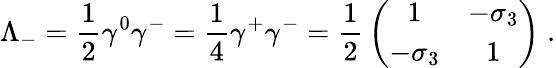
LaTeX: \Lambda_{-}={\frac{1}{2}}\gamma^{0}\gamma^{-}={\frac{1}{4}}\gamma^{+}\gamma^{-}={\frac{1}{2}}\left(\begin{array}{cc}{{1}}&{{-\sigma_{3}}}\\ {{-\sigma_{3}}}&{{1}}\end{array}\right)\; .